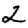
Digit: 2